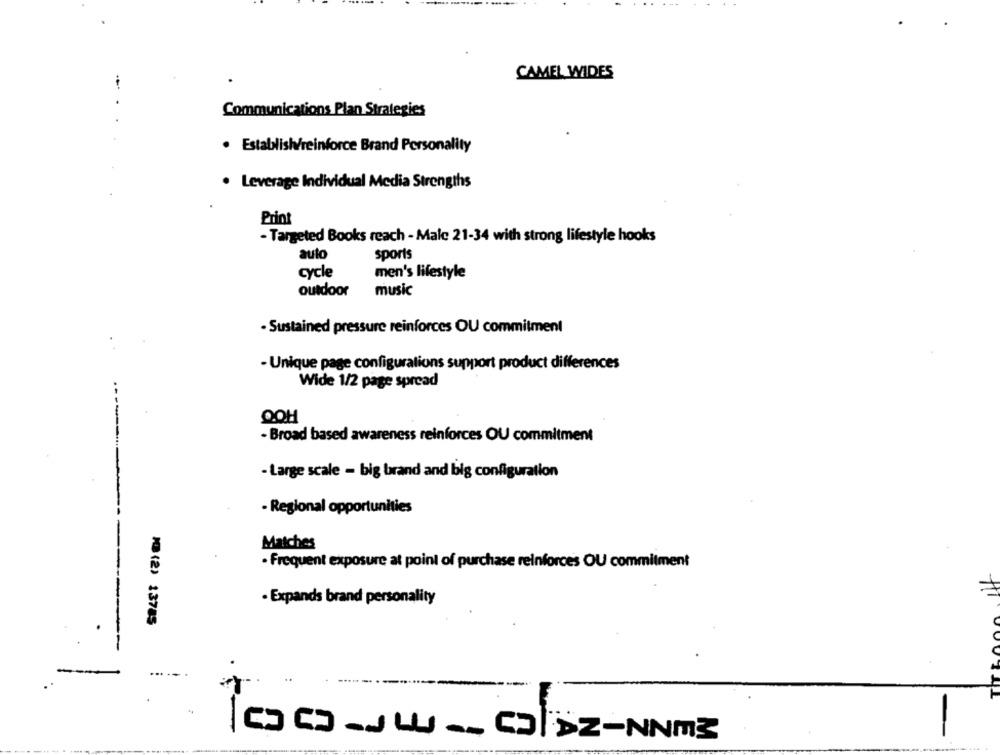
CAMEL WIDES
Communications Plan Strategies
Establishv/reinforce Brand Personality
. Leverage Individual Media Strengths
Print
- Targeted Books reach - Male 21-34 with strong lifestyle hooks
auto
sports
cycle
men's lifestyle
outdoor
music
· Sustained pressure reinforces OU commitment
- Unique page configurations support product differences
Wide 1/2 page spread
OOH
- Broad based awareness reinforces OU commitment
- Large scale - big brand and big configuration
- Regional opportunities
Matches
· Frequent exposure at point of purchase reinforces OU commitment
· Expands brand personality
M(2) 13785
TIT L
...
-
-
00 -JWU __ CDZ-NNM3